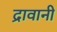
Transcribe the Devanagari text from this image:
द्रावानी